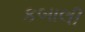
કબાલી